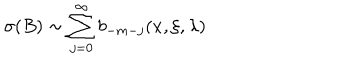
LaTeX: \sigma ( B ) \sim \sum _ { j = 0 } ^ { \infty } b _ { - m - j } ( x , \xi , \lambda ) \,